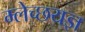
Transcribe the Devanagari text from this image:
म्लेच्छयज्ञ